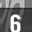
Digit: 6